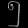
Digit: ၅